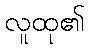
လူထု၏